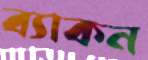
ব্যাকন